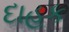
દાહક